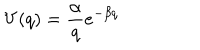
LaTeX: V ( q ) = \frac { \alpha } { q } e ^ { - \beta q }